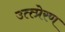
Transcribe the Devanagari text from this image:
उत्त्प्रेरण